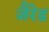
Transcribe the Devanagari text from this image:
जैरेड